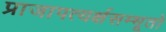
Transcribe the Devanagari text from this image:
प्राजापत्यर्क्षसम्भूतो